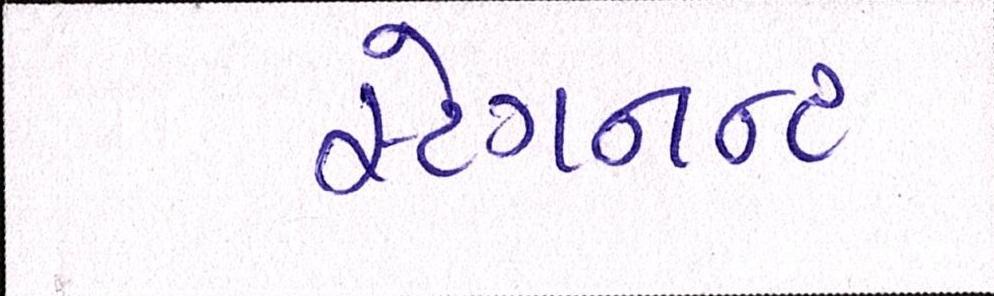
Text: સ્ટેગનન્ટ